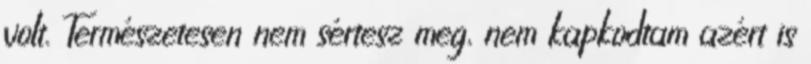
volt. Természetesen nem sértesz meg, nem kapkodtam azért is